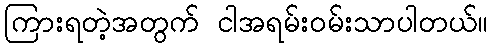
ကြားရတဲ့အတွက် ငါအရမ်းဝမ်းသာပါတယ်။